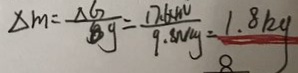
\Delta m = \frac { \Delta G } { g } = \frac { 1 7 . 6 4 N } { 9 . 5 8 N / k g } = 1 . 8 k g